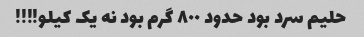
حلیم سرد بود حدود ٨٠٠ گرم بود نه یک کیلو!!!!